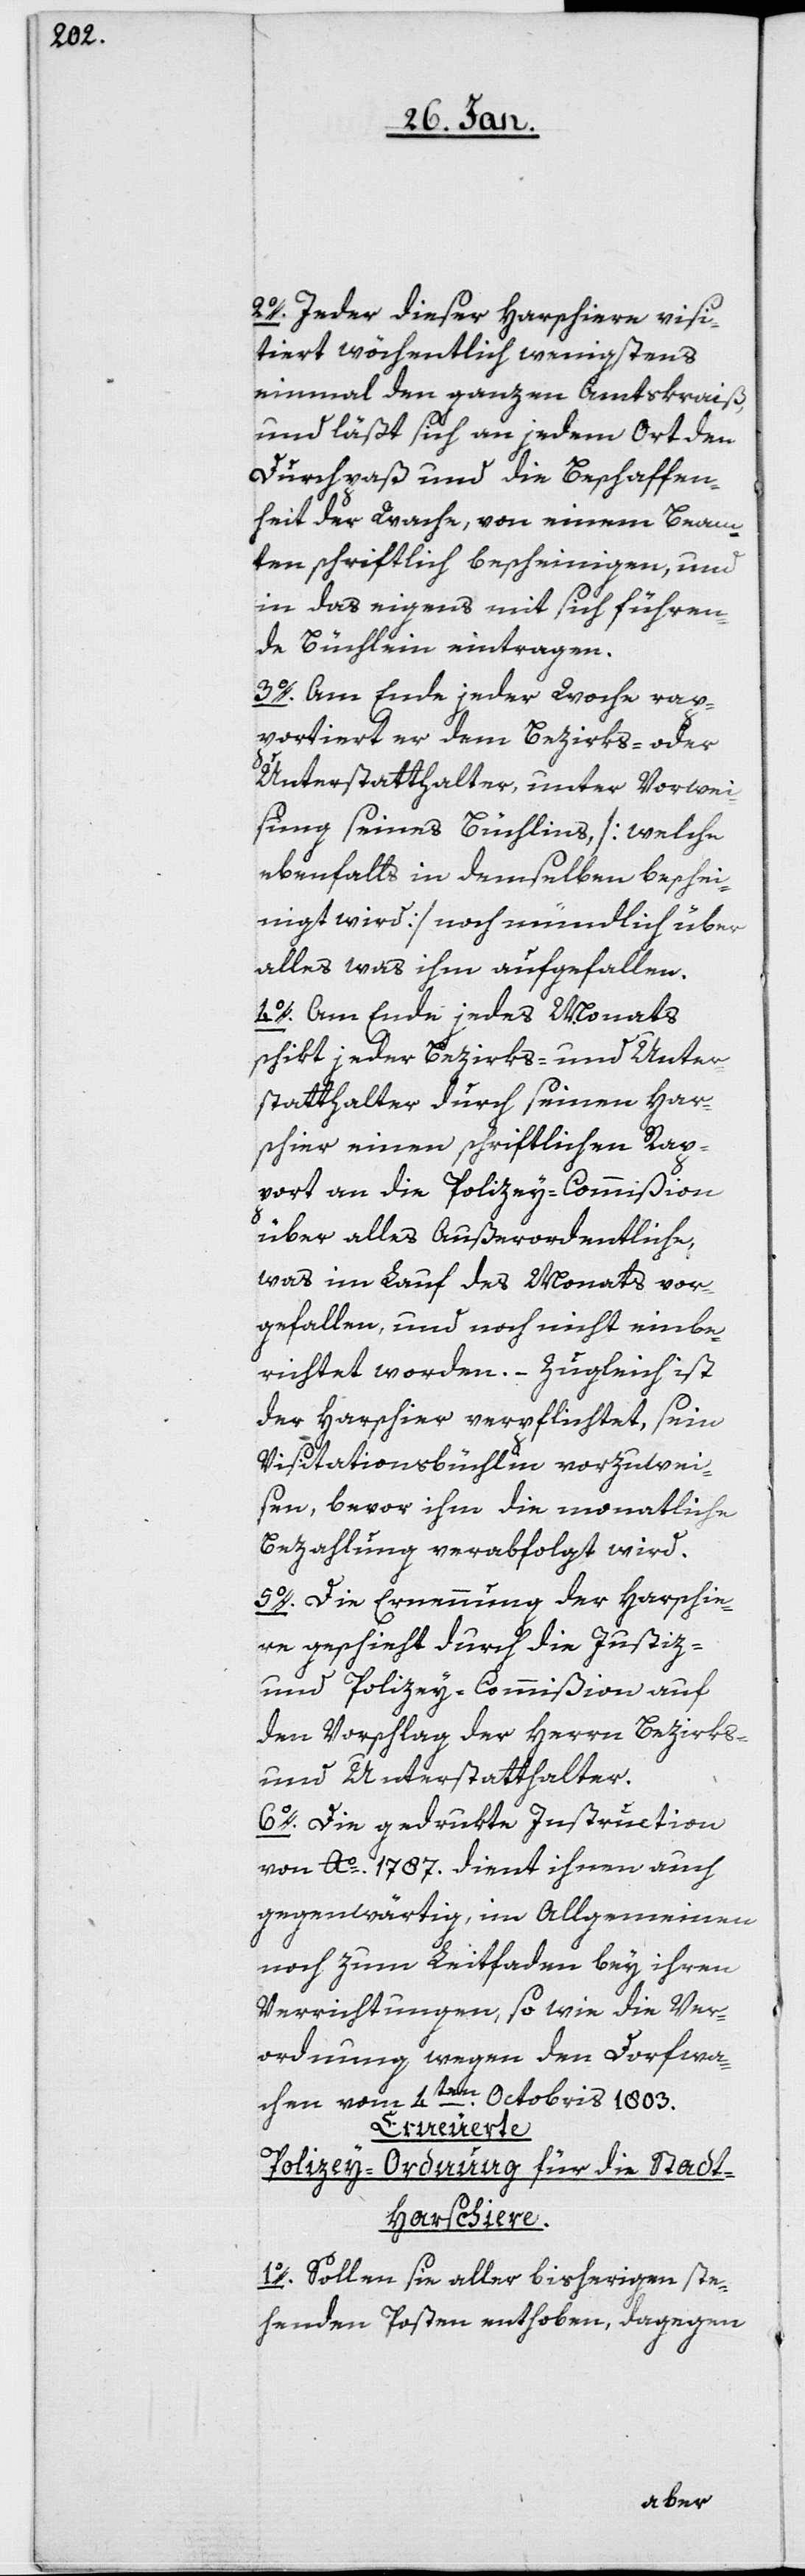
2o. Jeder dieser Harschiere visi¬
tiert wöchentlich wenigstens
einmal den ganzen Amtskraiß,
und läßt sich an jedem Ort den
Durchpaß und die Beschaffen¬
heit der Wache, von einem Beam¬
ten schriftlich bescheinigen, und
in das eigens mit sich führen¬
de Büchlein eintragen.
3o. Am Ende jeder Woche rap¬
portiert er dem Bezirks- oder
Unterstatthalter, unter Vorwei¬
sung seines Büchleins, [welche
ebenfalls in demselben beschei¬
nigt wird] noch mündlich über
alles, was ihm aufgefallen.
4o. Am Ende jedes Monats
schikt jeder Bezirks- und Unter¬
statthalter durch seinen Har¬
schier einen schriftlichen Rap¬
port an die Polizey-Commißion
über alles Außerordentliche,
was im Lauf des Monats vor¬
gefallen, und noch nicht einbe¬
richtet worden. – Zugleich ist
der Harschier verpflichtet, sein
Visitationsbüchlein vorzuwei¬
sen, bevor ihm die monatliche
Bezahlung verabfolgt wird.
5o. Die Ernennung der Harschie¬
re geschieht durch die Justiz-
und Polizey-Commißion auf
den Vorschlag der Herren Bezirks-
und Unterstatthalter.
6o. Die gedrukte Instruction
von Ao. 1787. dient ihnen auch
gegenwärtig, im Allgemeinen
noch zum Leitfaden bey ihren
Verrichtungen, so wie die Ver¬
ordnung wegen den Dorfwa¬
chen vom 4ten. Octobris 1803.
Erneuerte
Polizey-Ordnung für die Stad¬
t-Harschiere.
1o. Sollen sie aller bisherigen ste¬
henden Posten enthoben, dagegen